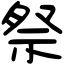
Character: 祭